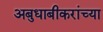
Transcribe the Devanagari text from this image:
अबुधाबीकरांच्या